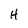
Character: H